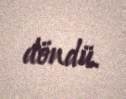
döndü.